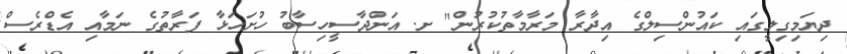
ދިޔަމިގިލީގައި ކައުންސިލްގެ އިދާރާ މަރާމާތުކުރުން" ށ. އަންދާސީހިސާބު ހުށަހަޅާ ފަރާތުގެ ނަމާއި އެޑްރެސް